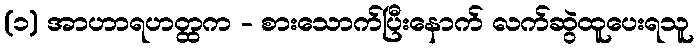
(၁) အာဟာရဟတ္ထက - စားသောက်ပြီးနောက် လက်ဆွဲထူပေးရသူ